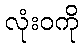
လုံးဝကို